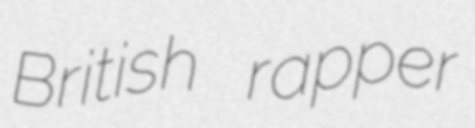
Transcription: British rapper